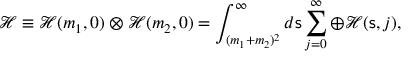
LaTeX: { \mathcal H } \equiv { \mathcal H } ( m _ { 1 } , 0 ) \otimes { \mathcal H } ( m _ { 2 } , 0 ) = \int _ { ( m _ { 1 } + m _ { 2 } ) ^ { 2 } } ^ { \infty } d { \mathsf { s } } \sum _ { j = 0 } ^ { \infty } \oplus { \mathcal H } ( { \mathsf { s } } , j ) ,